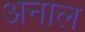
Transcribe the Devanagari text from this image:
अनाल